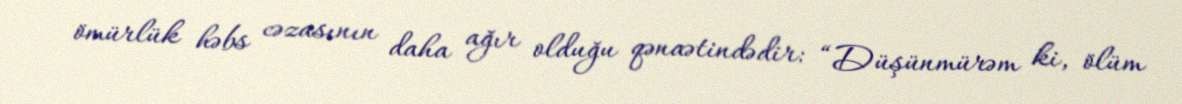
ömürlük həbs cəzasının daha ağır olduğu qənaətindədir: “Düşünmürəm ki, ölüm